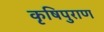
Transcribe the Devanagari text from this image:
कृषिपुराण